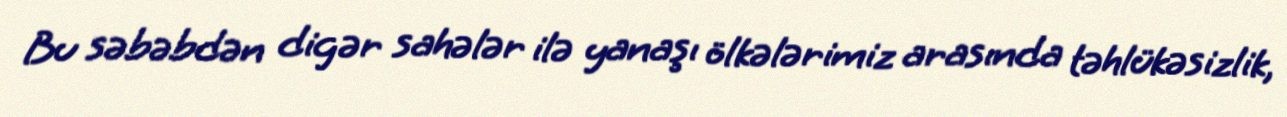
Bu səbəbdən digər sahələr ilə yanaşı ölkələrimiz arasında təhlükəsizlik,